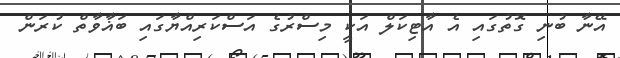
އޭނާ ބުނި ގޮތުގައި އެ އާޓިކަލް އަކީ މިސްރުގެ އަސްކަރިއްޔާގައި ބަޣާވާތް ކުރަން